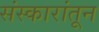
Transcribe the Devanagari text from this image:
संस्कारांतून